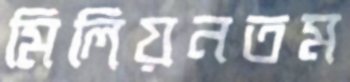
মিলিয়নতম